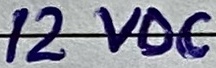
Text: 12VDC